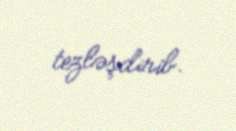
tezləşdirib.